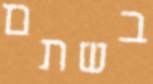
בשתם